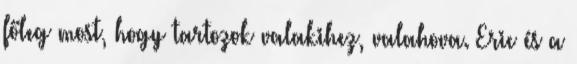
főleg most, hogy tartozok valakihez, valahova. Eric és a